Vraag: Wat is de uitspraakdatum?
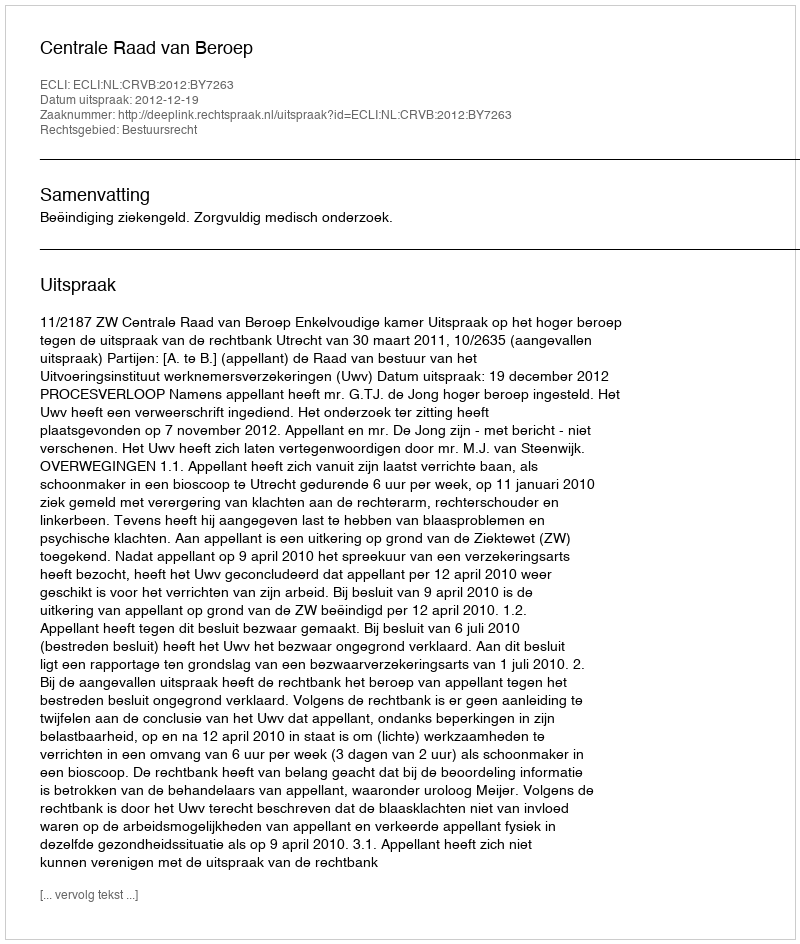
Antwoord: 2012-12-19